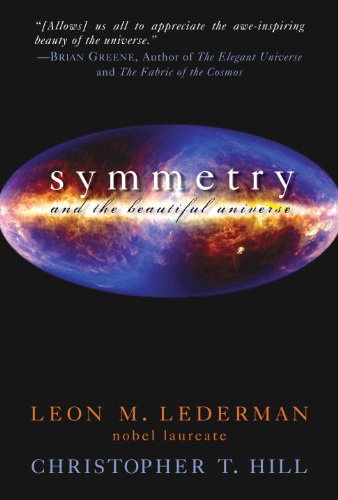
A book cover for Symmetry and the Beautiful Universe; Leon M. Lederman; Science & Math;